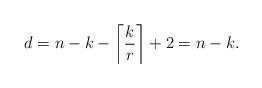
LaTeX: \begin{align*}d = n-k-\left\lceil\frac{k}{r}\right\rceil+2 = n-k.\end{align*}